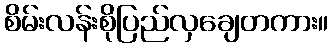
စိမ်းလန်းစိုပြည်လှချေတကား။